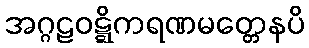
အဂ္ဂဠဝဋ္ဋိကရဏမတ္တေနပိ